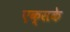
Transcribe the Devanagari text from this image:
एक्सके